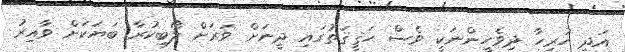
އަދި ހުރިހާ ދިވެހީންނަކީ ވެސް ޙަޤީޤަތުގައި ދީނަށް ވަރަށް ލޯބިކުރާ ބަޔަކަށް ވާއިރު